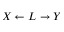
X \leftarrow L \rightarrow Y